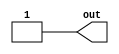
// This program was cloned from: https://github.com/steveicarus/ivtest
// License: GNU General Public License v2.0

/*
 * Copyright (c) 2000 Stephen Williams (steve@icarus.com)
 *
 *    This source code is free software; you can redistribute it
 *    and/or modify it in source code form under the terms of the GNU
 *    General Public License as published by the Free Software
 *    Foundation; either version 2 of the License, or (at your option)
 *    any later version.
 *
 *    This program is distributed in the hope that it will be useful,
 *    but WITHOUT ANY WARRANTY; without even the implied warranty of
 *    MERCHANTABILITY or FITNESS FOR A PARTICULAR PURPOSE.  See the
 *    GNU General Public License for more details.
 *
 *    You should have received a copy of the GNU General Public License
 *    along with this program; if not, write to the Free Software
 *    Foundation, Inc., 59 Temple Place - Suite 330, Boston, MA 02111-1307, USA
 */

/*
 * This test checks that times within modules are scaled up to the
 * precision of the simulation.
 */

`timescale 100us / 1us
module slow (out);
   output out;
   reg	  out;

   initial begin
      #0 out = 0;
      #1 out = 1;
   end

endmodule // slow


`timescale 10us / 1us
module fast (out);
   output out;
   reg	  out;

   initial begin
      #0 out = 0;
      #1 out = 1;
   end

endmodule // fast

`timescale 1us / 1us
module main;

   wire slow, fast;

   slow m1 (slow);
   fast m2 (fast);

   initial begin
      #5
	if (slow !== 1'b0) begin
	   $display("FAILED");
	   $finish;
	end

        if (fast !== 1'b0) begin
	   $display("FAILED");
	   $finish;
	end

      #10
	if (slow !== 1'b0) begin
	   $display("FAILED");
	   $finish;
	end

        if (fast !== 1'b1) begin
	   $display("FAILED");
	   $finish;
	end

      #80
	if (slow !== 1'b0) begin
	   $display("FAILED");
	   $finish;
	end

        if (fast !== 1'b1) begin
	   $display("FAILED");
	   $finish;
	end

      #10
	if (slow !== 1'b1) begin
	   $display("FAILED");
	   $finish;
	end

        if (fast !== 1'b1) begin
	   $display("FAILED");
	   $finish;
	end

      $display("PASSED");

   end // initial begin
endmodule // main